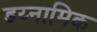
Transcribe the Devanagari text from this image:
डय्नामिक